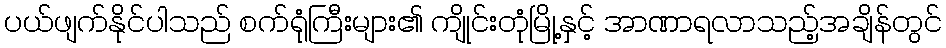
ပယ်ဖျက်နိုင်ပါသည် စက်ရုံကြီးများ၏ ကျိုင်းတုံမြို့နှင့် အာဏာရလာသည့်အချိန်တွင်